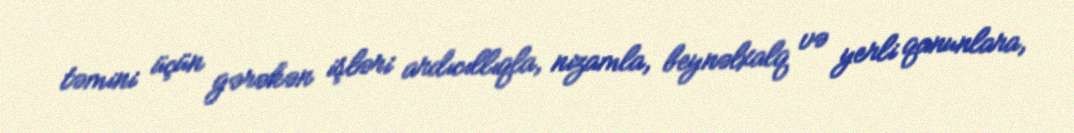
təmini üçün gərəkən işləri ardıcıllıqla, nizamla, beynəlxalq və yerli qanunlara,